Medical and sanitary report on the native army of Bombay for the year
Year: 1877
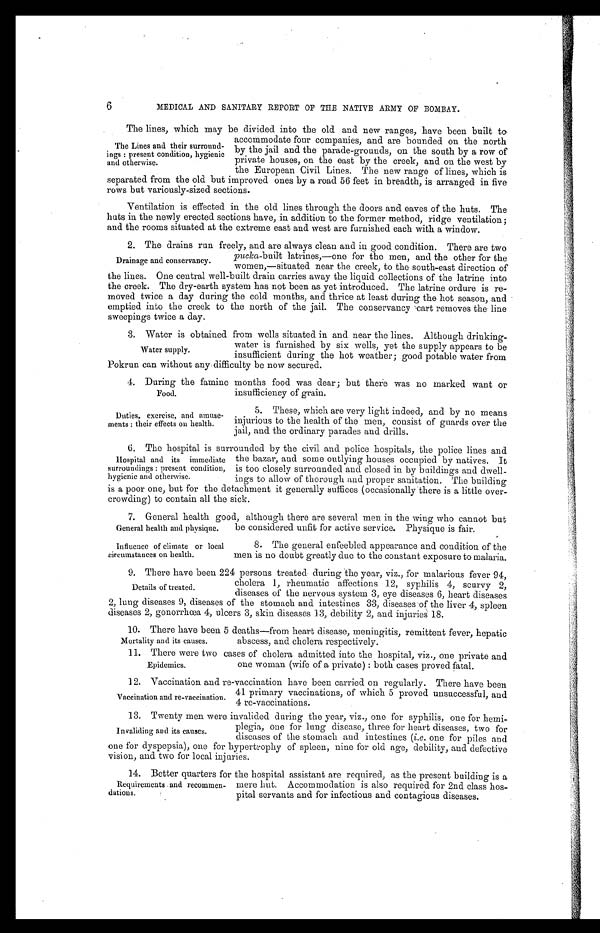
10. There have been 5deaths—from heart disease, meningitis, remittent fever, hepatic
abscess, and cholera respectively.
Mortality and its causes.
6
MEDICAL AND SANITARY REPORT OF THE NATIVE ARMY OF BOMBAY.
The lines, which may be divided into the old and new ranges, have been built to
accommodate four companies, and are bounded on the north
by the jail and the parade-grounds, on the south by a row of
private houses, on the east by the creek, and on the west by
the European Civil Lines. The new range of lines, which is
separated from the old but improved ones by a road 56 feet in breadth, is arranged in five
rows but variously-sized sections.
Ventilation is effected in the old lines through the doors and eaves of the huts. The
huts in the newly erected sections have, in addition to the former method, ridge ventilation;
and the rooms situated at the extreme east and west are furnished each with a window.
2. The drains run freely, and are always clean and in good condition. There are two
pucka-built latrines,—one for the men, and the other for the
women,—situated near the creek, to the south-east direction of
the lines. One central well-built drain carries away the liquid collections of the latrine into
the creek. The dry-earth system has not been as yet introduced. The latrine ordure is re
- m o v e d t w i c e a d a y d u r i n g t h e c o l d m o n t h s , a n d t h r i c e a t l e a s t d u r i n g t h e h o t s e a s o n , a n d
emptied into the creek to the north of the jail. The conservancy cart removes the line
sweepings twice a day.
3.Water is obtained from wells situated in and near the lines. Although drinking
-water is furnished by six wells, yet the supply appears to be
insufficient during the hot weather; good potable water from
Pokrun can without any difficulty be now secured.
4. During the famine months food was dear; but there was no marked want or
insufficiency of grain.
The Lines and their surround
- i n g s : p r e s e n t c o n d i t i o n , h y g i e n i c
and otherwise.
Drainage and conservancy.
Water supply.
Food.
Duties, exercise, and amuse
-ments: their effects on health.
5. These, which are very light indeed, and by no means
injurious to the health of the men, consist of guards over the
jail, and the ordinary parades and drills.
6. The hospital is surrounded by the civil and police hospitals, the police lines and
the bazar, and some outlying houses occupied by natives. It
is too closely surrounded and closed in by buildings and dwell
-ings to allow of thorough and proper sanitation. The building
is a poor one, but for the detachment it generally suffices (occasionally there is a little over
- c r o w d i n g ) t o c o n t a i n a l l t h e s i c k .
7. General health good, although there are several men in the wing who cannot but
be considered unfit for active service. Physique is fair.
Hospital and its immediate
surroundings: present condition,
hygienic and otherwise.
General health and physique.
Influence of climate or local
circumstances on health.
8. The general enfeebled appearance and condition of the
men is no doubt greatly due to the constant exposure to malaria.
9. There have been 224 persons treated during the year, viz., for malarious fever 94,
cholera 1, rheumatic affections 12, syphilis 4, scurvy 2,
diseases of the nervous system 3, eye diseases 6, heart diseases
2, lung diseases 9, diseases of the stomach and intestines 33, diseasesof the liver 4, spleen
diseases 2, gonorrhœa 4, ulcers 3, skin diseases 13, debility 2, and injuries 18.
Details of treated.
11. There were two cases of cholera admitted into the hospital, viz., one private and
one woman (wife of a private): both cases proved fatal.
12. Vaccination and re-vaccination have been carried on regularly. There have been
41 primary vaccinations, of which 5 proved unsuccessful, and
4 re-vaccinations.
13. Twenty men were invalided during the year, viz., one for syphilis, one for hemi
-
plegia, one for lung disease, three for heart diseases, two for
diseases of the stomach and. intestines ( i.e. one for piles and
one for dyspepsia.), one for hypertrophy of spleen, nine for old age, debility, and defective
vision, and two for local injuries.
14. Better quarters for the hospital assistant are required, as the present building is a
mere hut. Accommodation is also required for 2nd class hos
-pital servants and for infectious and contagious diseases.
Epidemics.
Vaccination and re-vaccination.
Invaliding and its causes.
Requirements .and recommen
-dations.